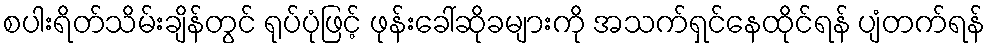
စပါးရိတ်သိမ်းချိန်တွင် ရုပ်ပုံဖြင့် ဖုန်းခေါ်ဆိုခများကို အသက်ရှင်နေထိုင်ရန် ပျံတက်ရန်